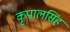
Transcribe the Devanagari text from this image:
कृपालसिंह